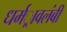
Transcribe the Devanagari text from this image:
धर्मर्ावलंबी